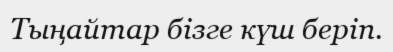
Тыңайтар бізге күш беріп.